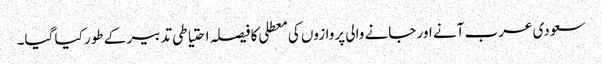
سعودی عرب آنے اور جانے والی پروازوں کی معطلی کا فیصلہ احتیاطی تدبیر کے طور کیا گیا۔